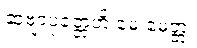
ဆဗျာပုတ္တေဟိ မေ မေတ္တံ၊